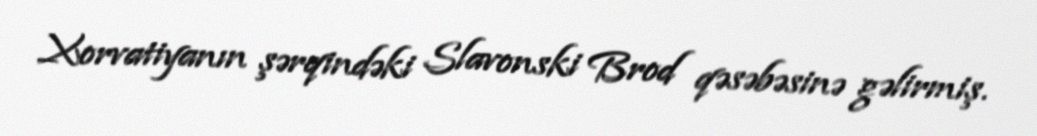
Xorvatiyanın şərqindəki Slavonski Brod qəsəbəsinə gəlirmiş.